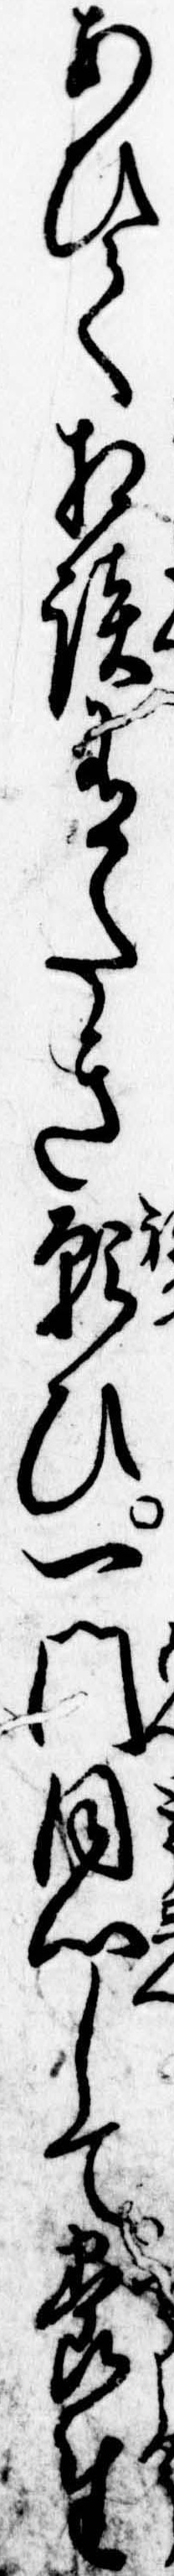
あひて相談有たき願ひ一門同心して養生